Veterinary [1904] -
Year: 1904
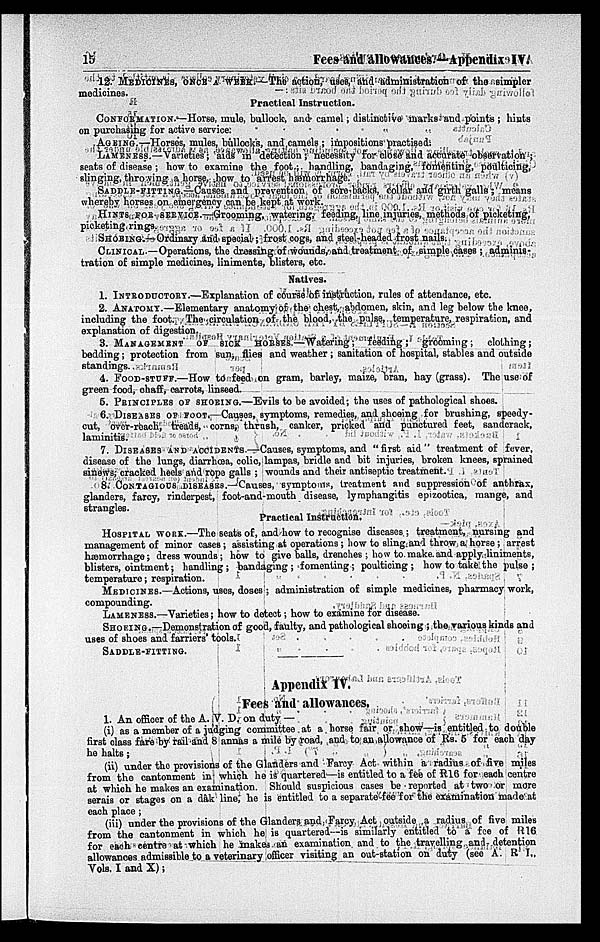
15
Fees and allowances.—Appendix IV.
12. MEDICINES, ONCE A WEEK.—The action, uses, and administration of the simpler
medicines.
Practical Instruction.
CONFORMATION.—Horse, mule, bullock, and camel; distinctive marks and points ; hints
on purchasing for active service.
AGEING.—Horses, mules, bullocks, and camels ; impositions practised.
LAMENESS.—Varieties; aids in detection; necessity for close and accurate observation;
seats of disease ; how to examine the foot; handling, bandaging, fomenting, poulticing,
slinging, throwing a horse, how to arrest hæmorrhage.
SADDLE-FITTING.—Causes and prevention of sore backs, collar and girth galls; means
whereby horses on emergency can be kept at work.
HINTS FOR SERVICE.—Grooming, watering, feeding, line injuries, methods of picketing,
picketing rings.
SHOBING.—Ordinary and special; frost cogs, and steel-headed frost nails.
CLINICAL.—Operations, the dressing of wounds, and treatment of simple cases ; adminis-
tration of simple medicines, liniments, blisters, etc.
Natives.
1. INTRODUCTORY.—Explanation of course of instruction, rules of attendance, etc.
2. ANATOMY.—Elementary anatomy of the chest, abdomen, skin, and leg below the knee,
including the foot. The circulation of the blood, the pulse, temperature, respiration, and
explanation of digestion.
3. MANAGEMENT OF SICK HORSES.—Watering; feeding; grooming;
clothing;
bedding; protection from sun, flies and weather ; sanitation of hospital, stables and outside
standings.
4. FOOD-STUFF.—How to feed on gram, barley, maize, bran, hay (grass). The use of
green food, chaff, carrots, linseed.
5. PRINCIPLES OF SHOEING.—Evils to be avoided; the uses of pathological shoes.
6. DISEASE OF FOOT.—Causes, symptoms, remedies, and shoeing for brushing, speedy-
cut, over-reach, treads, corns, thrush, canker, pricked and punctured feet, sandcrack,
laminitis.
7. DISEASES AND ACCIDENTS—Causes, symptoms, and "first aid" treatment of fever,
disease of the lungs, diarrhœa, colic, lampas, bridle and bit injuries, broken knees, sprained
sinews, cracked heels and rope galls ; wounds and their antiseptic treatment.
8. CONTAGIOUS DISEASES.—Causes, symptoms, treatment and suppression of anthrax,
glanders, farcy, rinderpest, foot-and-mouth disease, lymphangitis epizootica, mange, and
strangles.
Practical Instruction.
HOSPITAL WORK.—The seats of, and how to recognise diseases; treatment, nursing and
management of minor cases ; assisting at operations ; how to sling and throw a horse ; arrest
hæmorrhage; dress wounds; how to give balls, drenches ; how to make and apply liniments,
blisters, ointment; handling ; bandaging ; fomenting ; poulticing ; how to take the pulse ;
temperature; respiration.
MEDICINES.—Actions, uses, doses ; administration of simple medicines, pharmacy work,
compounding.
LAMENESS.—Varieties; how to detect; how to examine for disease.
SHOEING.—Demonstration of good, faulty, and pathological shoeing ; the various kinds and
uses of shoes and farriers' tools.
SADDLE-FITTING.
Appendix IV.
Fees and allowances,
1. An officer of the A. V. D. on duty —
(i) as a member of a judging committee at a horse fair or show—is entitled to double
first class fare by rail and 8 annas a mile by road, and to an allowance of Rs. 5 for each day
he halts;
(ii) under the provisions of the Glanders and Farcy Act within a radius of five miles
from the cantonment in which he is quartered—is entitled to a fee of R16 for each centre
at which he makes an examination. Should suspicious cases be reported at two or more
serais or stages on a dâk line, he is entitled to a separate fee for the examination made at
each place ;
(iii) under the provisions of the Glanders and Farcy Act outside a radius of five miles
from the cantonment in which he is quartered is similarly entitled to a fee of R16
for each centre at which he makes an examination and to the travelling and detention
allowances admissible to a veterinary officer visiting an out-station on duty (see A. R I.,
Vols. I and X);